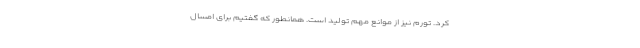
کرد. تورم نیز از موانع مهم تولید است. همانطور که گفتیم برای امسال